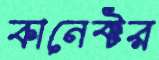
কানেক্টর